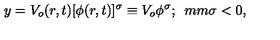
y = V _ { o } ( r , t ) [ \phi ( r , t ) ] ^ { \sigma } \equiv V _ { o } \phi ^ { \sigma } ; \hspace * { 5 m m } \sigma < 0 ,